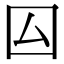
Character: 囜